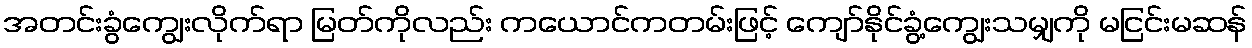
အတင်းခွံကျွေးလိုက်ရာ မြတ်ကိုလည်း ကယောင်ကတမ်းဖြင့် ကျော်နိုင်ခွံ့ကျွေးသမျှကို မငြင်းမဆန်